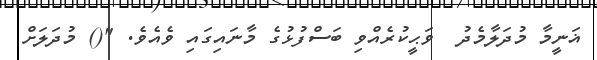
ޣަނީމާ މުދަލާމެދު  ވަޙީކުރެއްވި ބަސްފުޅުގެ މާނައިގައި ވެއެވެ. "() މުދަލަށް